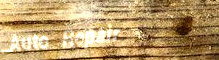
Auto Repair